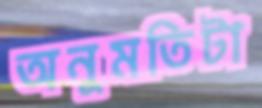
অনুমতিটা